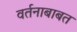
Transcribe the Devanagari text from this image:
वर्तनाबाबत